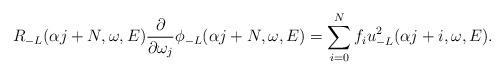
LaTeX: \begin{align*}R_{-L}(\alpha j+N,\omega,E)\frac{\partial}{\partial \omega_j}\phi_{-L}(\alpha j+N,\omega,E)=\sum_{i=0}^{N}f_iu_{-L}^2(\alpha j+i,\omega, E).\end{align*}